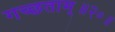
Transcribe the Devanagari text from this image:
गच्छताम्‌॥२०॥